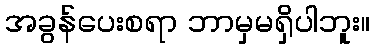
အခွန်ပေးစရာ ဘာမှမရှိပါဘူး။